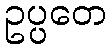
ဥပ္ပတေ